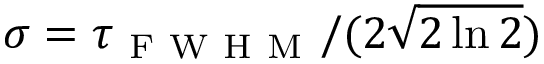
\sigma = \tau _ { \mathrm { ~ F ~ W ~ H ~ M ~ } } / ( 2 \sqrt { 2 \ln 2 } )